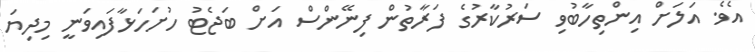
އެވެ. އަލަށް އިންތިހާބުވި ސަރުކާރުގެ ފަރާތުން ފިނޭންސް އަށް ބަޖެޓު ހުށަހަޅާފައިވަނީ މިދިޔަ